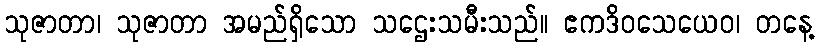
သုဇာတာ၊ သုဇာတာ အမည်ရှိသော သဌေးသမီးသည်။ ဧကဒိဝသေယေဝ၊ တနေ့